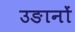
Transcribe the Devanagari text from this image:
उङानों